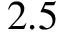
2 . 5